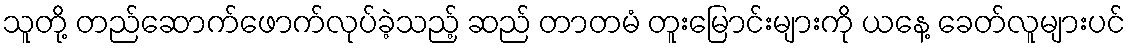
သူတို့ တည်ဆောက်ဖောက်လုပ်ခဲ့သည့် ဆည် တာတမံ တူးမြောင်းများကို ယနေ့ ခေတ်လူများပင်